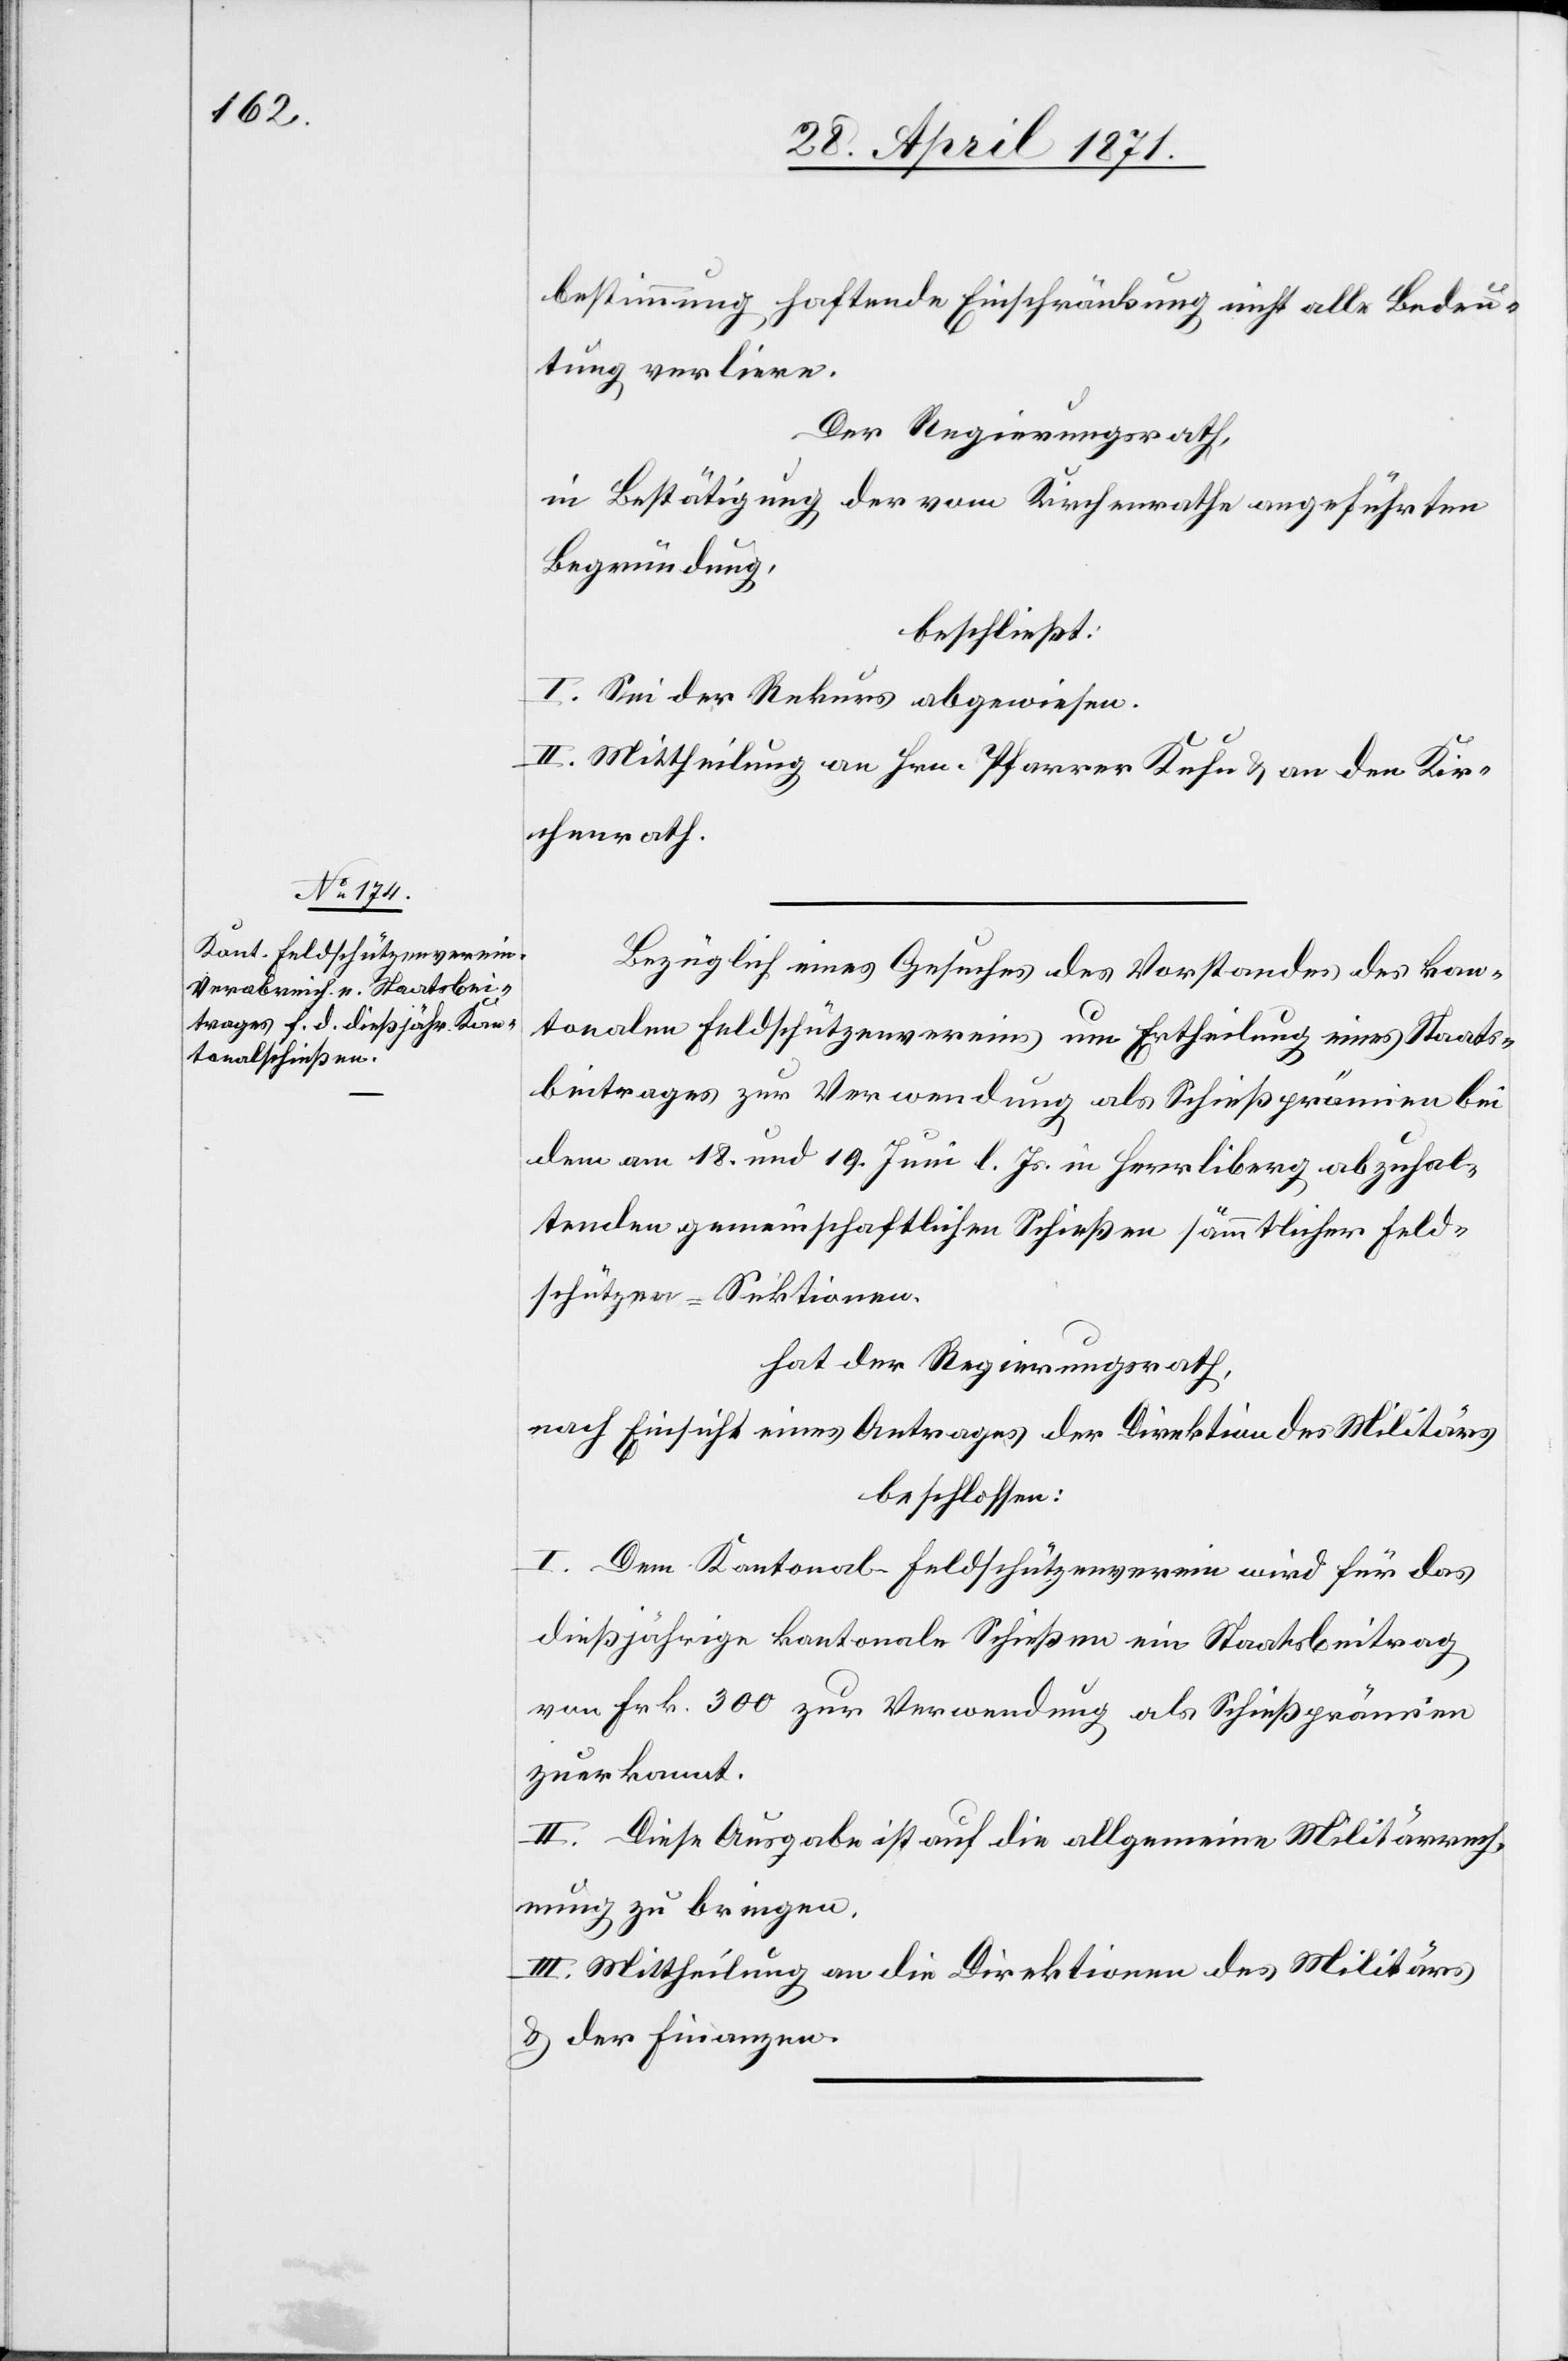
bestimmung haftende Einschränkung nicht alle Bedeu¬
tung verliere.
Der Regierungsrath,
in Bestätigung der vom Kirchenrathe angeführten
Begründung,
beschließt:
I. Sei der Rekurs abgewiesen.
II. Mittheilung an Hrn. Pfarrer Kuhn u. an den Kir¬
chenrath.
Bezüglich eines Gesuches des Vorstandes des kan¬
tonalen Feldschützenvereins um Ertheilung eines Staats¬
beitrages zur Verwendung als Schießprämien bei
dem am 18. und 19. Juni l. Js. in Herrliberg abzuhal¬
tenden gemeinschaftlichen Schießen sämmtlicher Feld¬
schützen-Sektionen.
hat der Regierungsrath,
nach Einsicht eines Antrages der Direktion des Militärs
beschlossen:
I. Dem Kantonal-Feldschützenverein wird für das
dießjährige kantonale Schießen ein Staatsbeitrag
von Frk. 300 zur Verwendung als Schießprämien
zuerkannt.
II. Diese Ausgabe ist auf die allgemeine Militärrech¬
nung zu bringen.
III. Mittheilung an die Direktion des Militärs
u. der Finanzen.